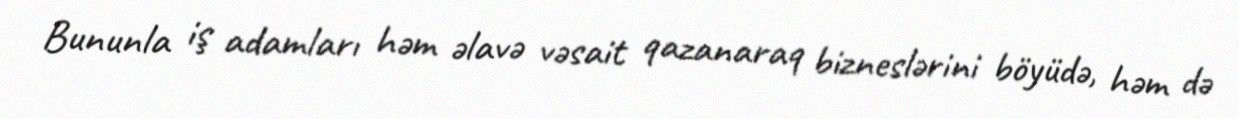
Bununla iş adamları həm əlavə vəsait qazanaraq bizneslərini böyüdə, həm də